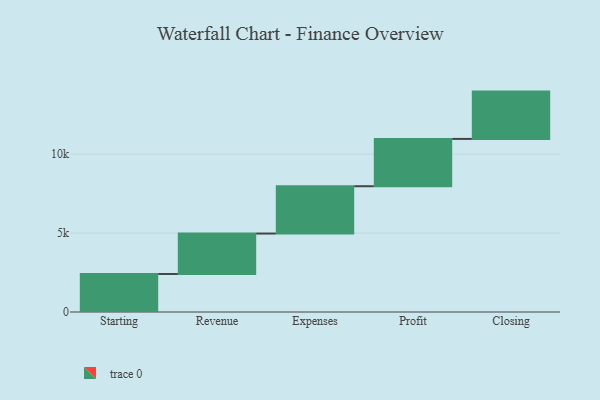
{"axis": {"x": "Step", "y": "Value"}, "legend": [""], "data": [{"x": "Starting", "y": 2411.0, "type": ""}, {"x": "Revenue", "y": 2563.0, "type": ""}, {"x": "Expenses", "y": 3000, "type": ""}, {"x": "Profit", "y": 3000, "type": ""}, {"x": "Closing", "y": 3000, "type": ""}]}